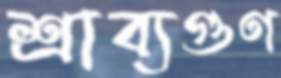
শ্রাব্যগুণ